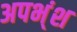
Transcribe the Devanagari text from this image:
अपभ्ंश